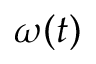
\omega ( t )